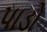
પાડો